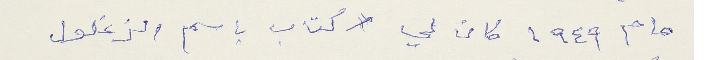
عام ١٩٤٩ كان لي كتاب باسم الزغلول